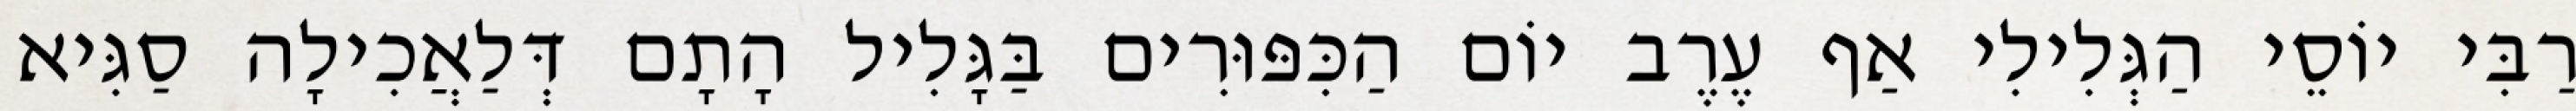
רַבִּי יוֹסֵי הַגְּלִילִי אַף עֶרֶב יוֹם הַכִּפּוּרִים בַּגָּלִיל הָתָם דְּלַאֲכִילָה סַגִּיא